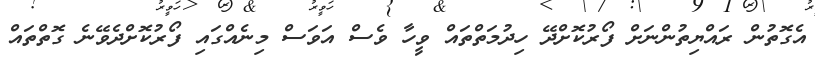
އެގޮތުން ރައްޔިތުންނަށް ފޯރުކޮށްދޭ ހިދުމަތްތައް ވީހާ ވެސް އަވަސް މިނެއްގައި ފޯރުކޮށްދެވޭނެ ގޮތްތައް